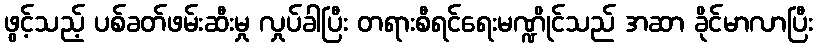
ဖွင့်သည့် ပစ်ခတ်ဖမ်းဆီးမှု လှုပ်ခါပြီး တရားစီရင်ရေးမဏ္ဍိုင်သည် အဆာ ခိုင်မာလာပြီး